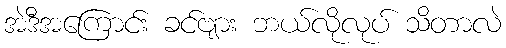
အဲဒီအကြောင်း ခင်ဗျား ဘယ်လိုလုပ် သိတာလဲ